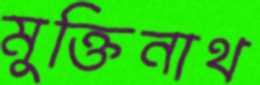
মুক্তিনাথ